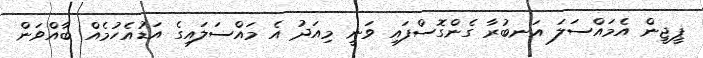
ޕީޖީން އެމައްސަލަ އަނބުރާ ގެންގޮސްފައި ވަނީ މިއަދު އެ މައްސަލައިގެ އަޑުއެހުމެއް ބާއްވަން